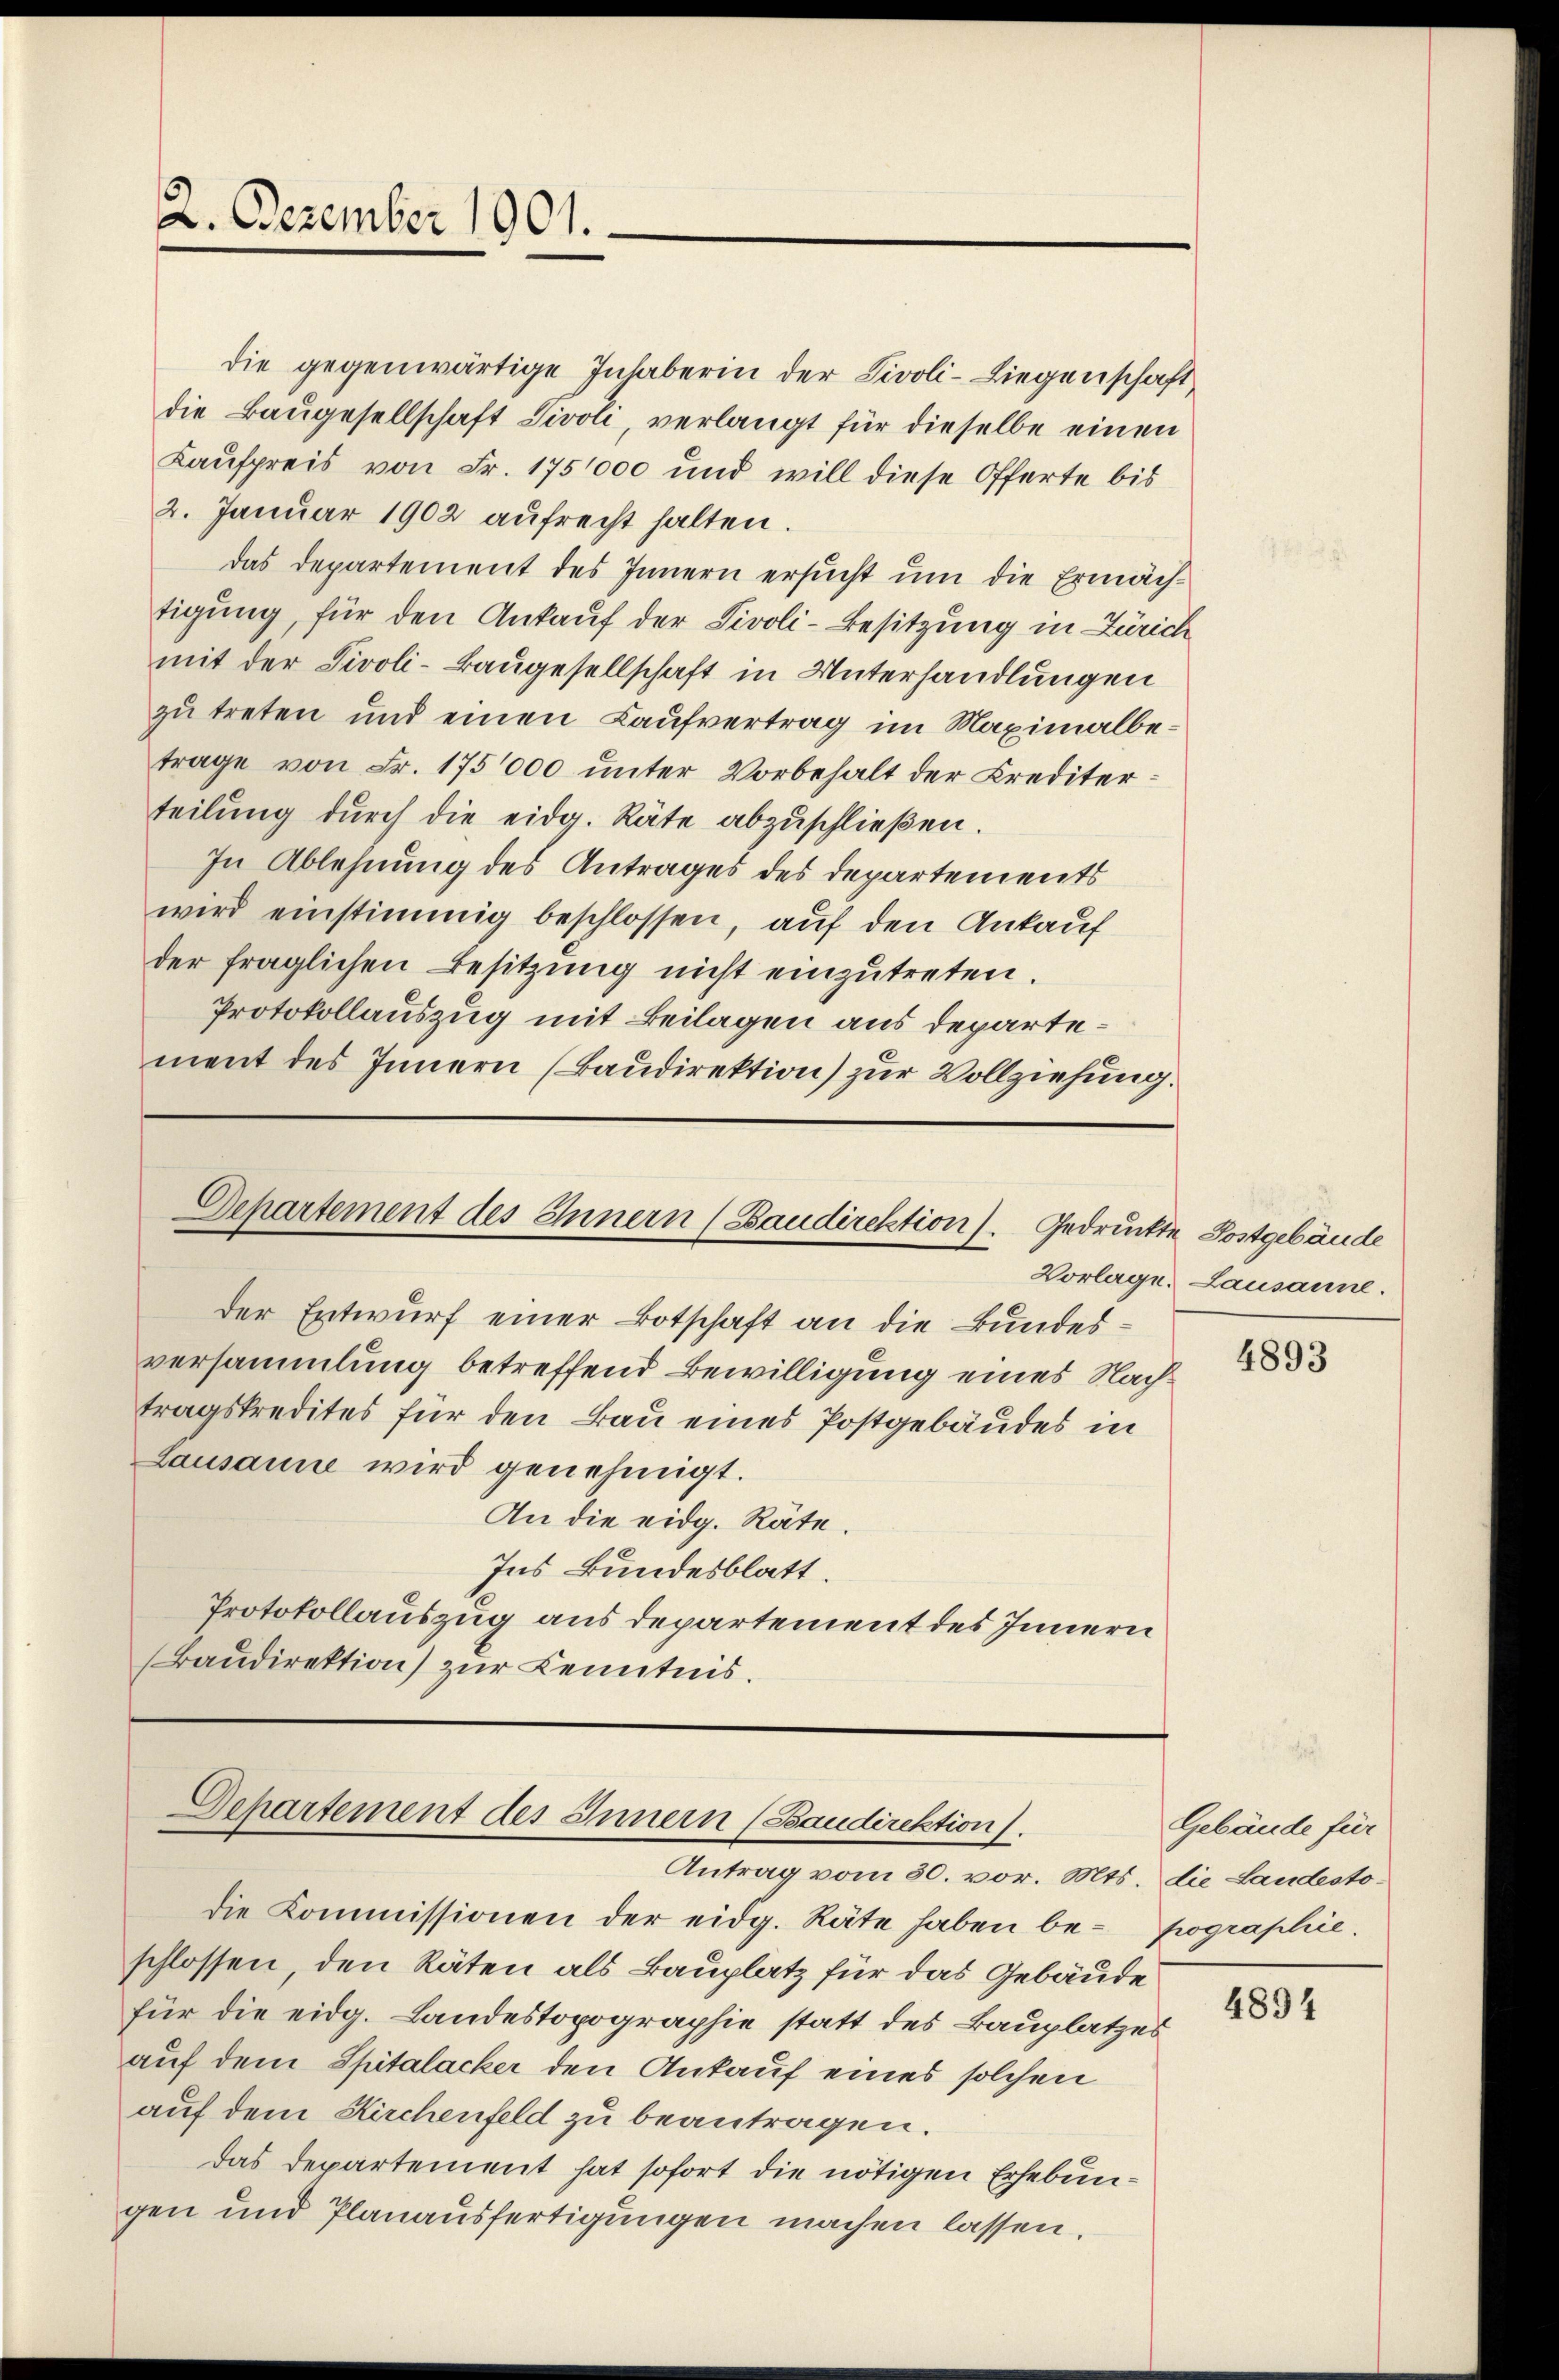
2. Dezember 1901.

Departement des Innern (Baudirektion). Gedruckte Postgebäude

die gegenwärtige Inhaberin der Livoli-Liegenschaft
die Baŭgesellschaft Tivoli, verlangt für dieselbe einen
Kaufpreis von Fr. 175000 und will diese Offerte bis
2. Januar 1902 aufrecht halten.
das Departement des Innern ersucht um die Ermächtigung, für den Ankauf der Tivoli-Besitzung in Zürich
mit der Tivoli-Baugesellschaft in Unterhandlungen
zu treten und einen Kaufvertrag im Maximalbetrage von Fr. 175000 unter Vorbehalt der Krediterteilung dŭrch die eidg. Räte abzuschließen.
In Ablehnung des Antrages des Departements
wird einstimmig beschlossen, auf den Ankauf
der fraglichen Besitzung nicht einzutreten.
Protokollauszug mit Beilagen aus departement des Innern (Baudirektion) zur Vollziehung.

der Entwurf einer Botschaft an die Bundesversammlung betreffend Bewilligung eines Nachtragskredites für den Bau eines Postgebäudes in
Lausanne wird genehmigt.
An die eidg. Räte.
Ins Bundesblatt.
Protokollauszug aus departement des Innern
Baudirektion) zur Kenntnis.

Departement des Innern (Baudirektion).
Antrag vom 30. vor. Mts. die Landesto¬

die Kommissionen der eidg. Räte haben be- pographie.
schlossen, den Räten als Bauplatz für das Gebäude
für die eidg. Landestopographie statt des Bauplatzes
auf dem Spitalacker den Ankauf eines solchen
auf dem Kirchenfeld zu beantragen.
das Departement hat sofort die nötigen Erhebungen und Planausfertigungen machen lassen.

Vorlage. Lausanne.

4893

Gebäude für

4894